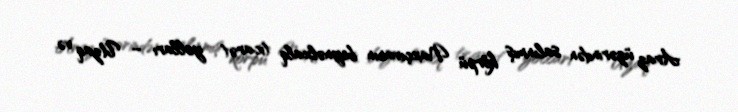
Araz üzərindən salınmış körpü Naxçıvanın beynəlxalq ticarət yolları – Uzaq və